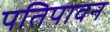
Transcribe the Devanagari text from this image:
पतिपावन